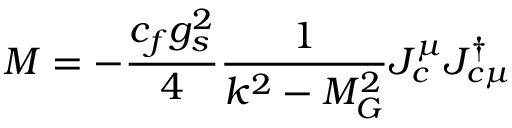
{ \cal M } = - \frac { c _ { f } g _ { s } ^ { 2 } } { 4 } \frac { 1 } { k ^ { 2 } - M _ { G } ^ { 2 } } J _ { c } ^ { \mu } J _ { c \mu } ^ { \dagger }